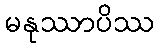
မနုဿာပိဿ